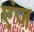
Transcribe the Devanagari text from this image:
एंज